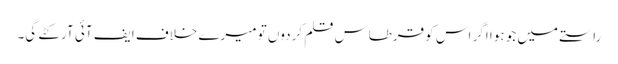
راستے میں جو ہوا اگر اس کو قرطاسِ قلم کردوں تو میرے خلاف ایف آئی آر کٹے گی۔